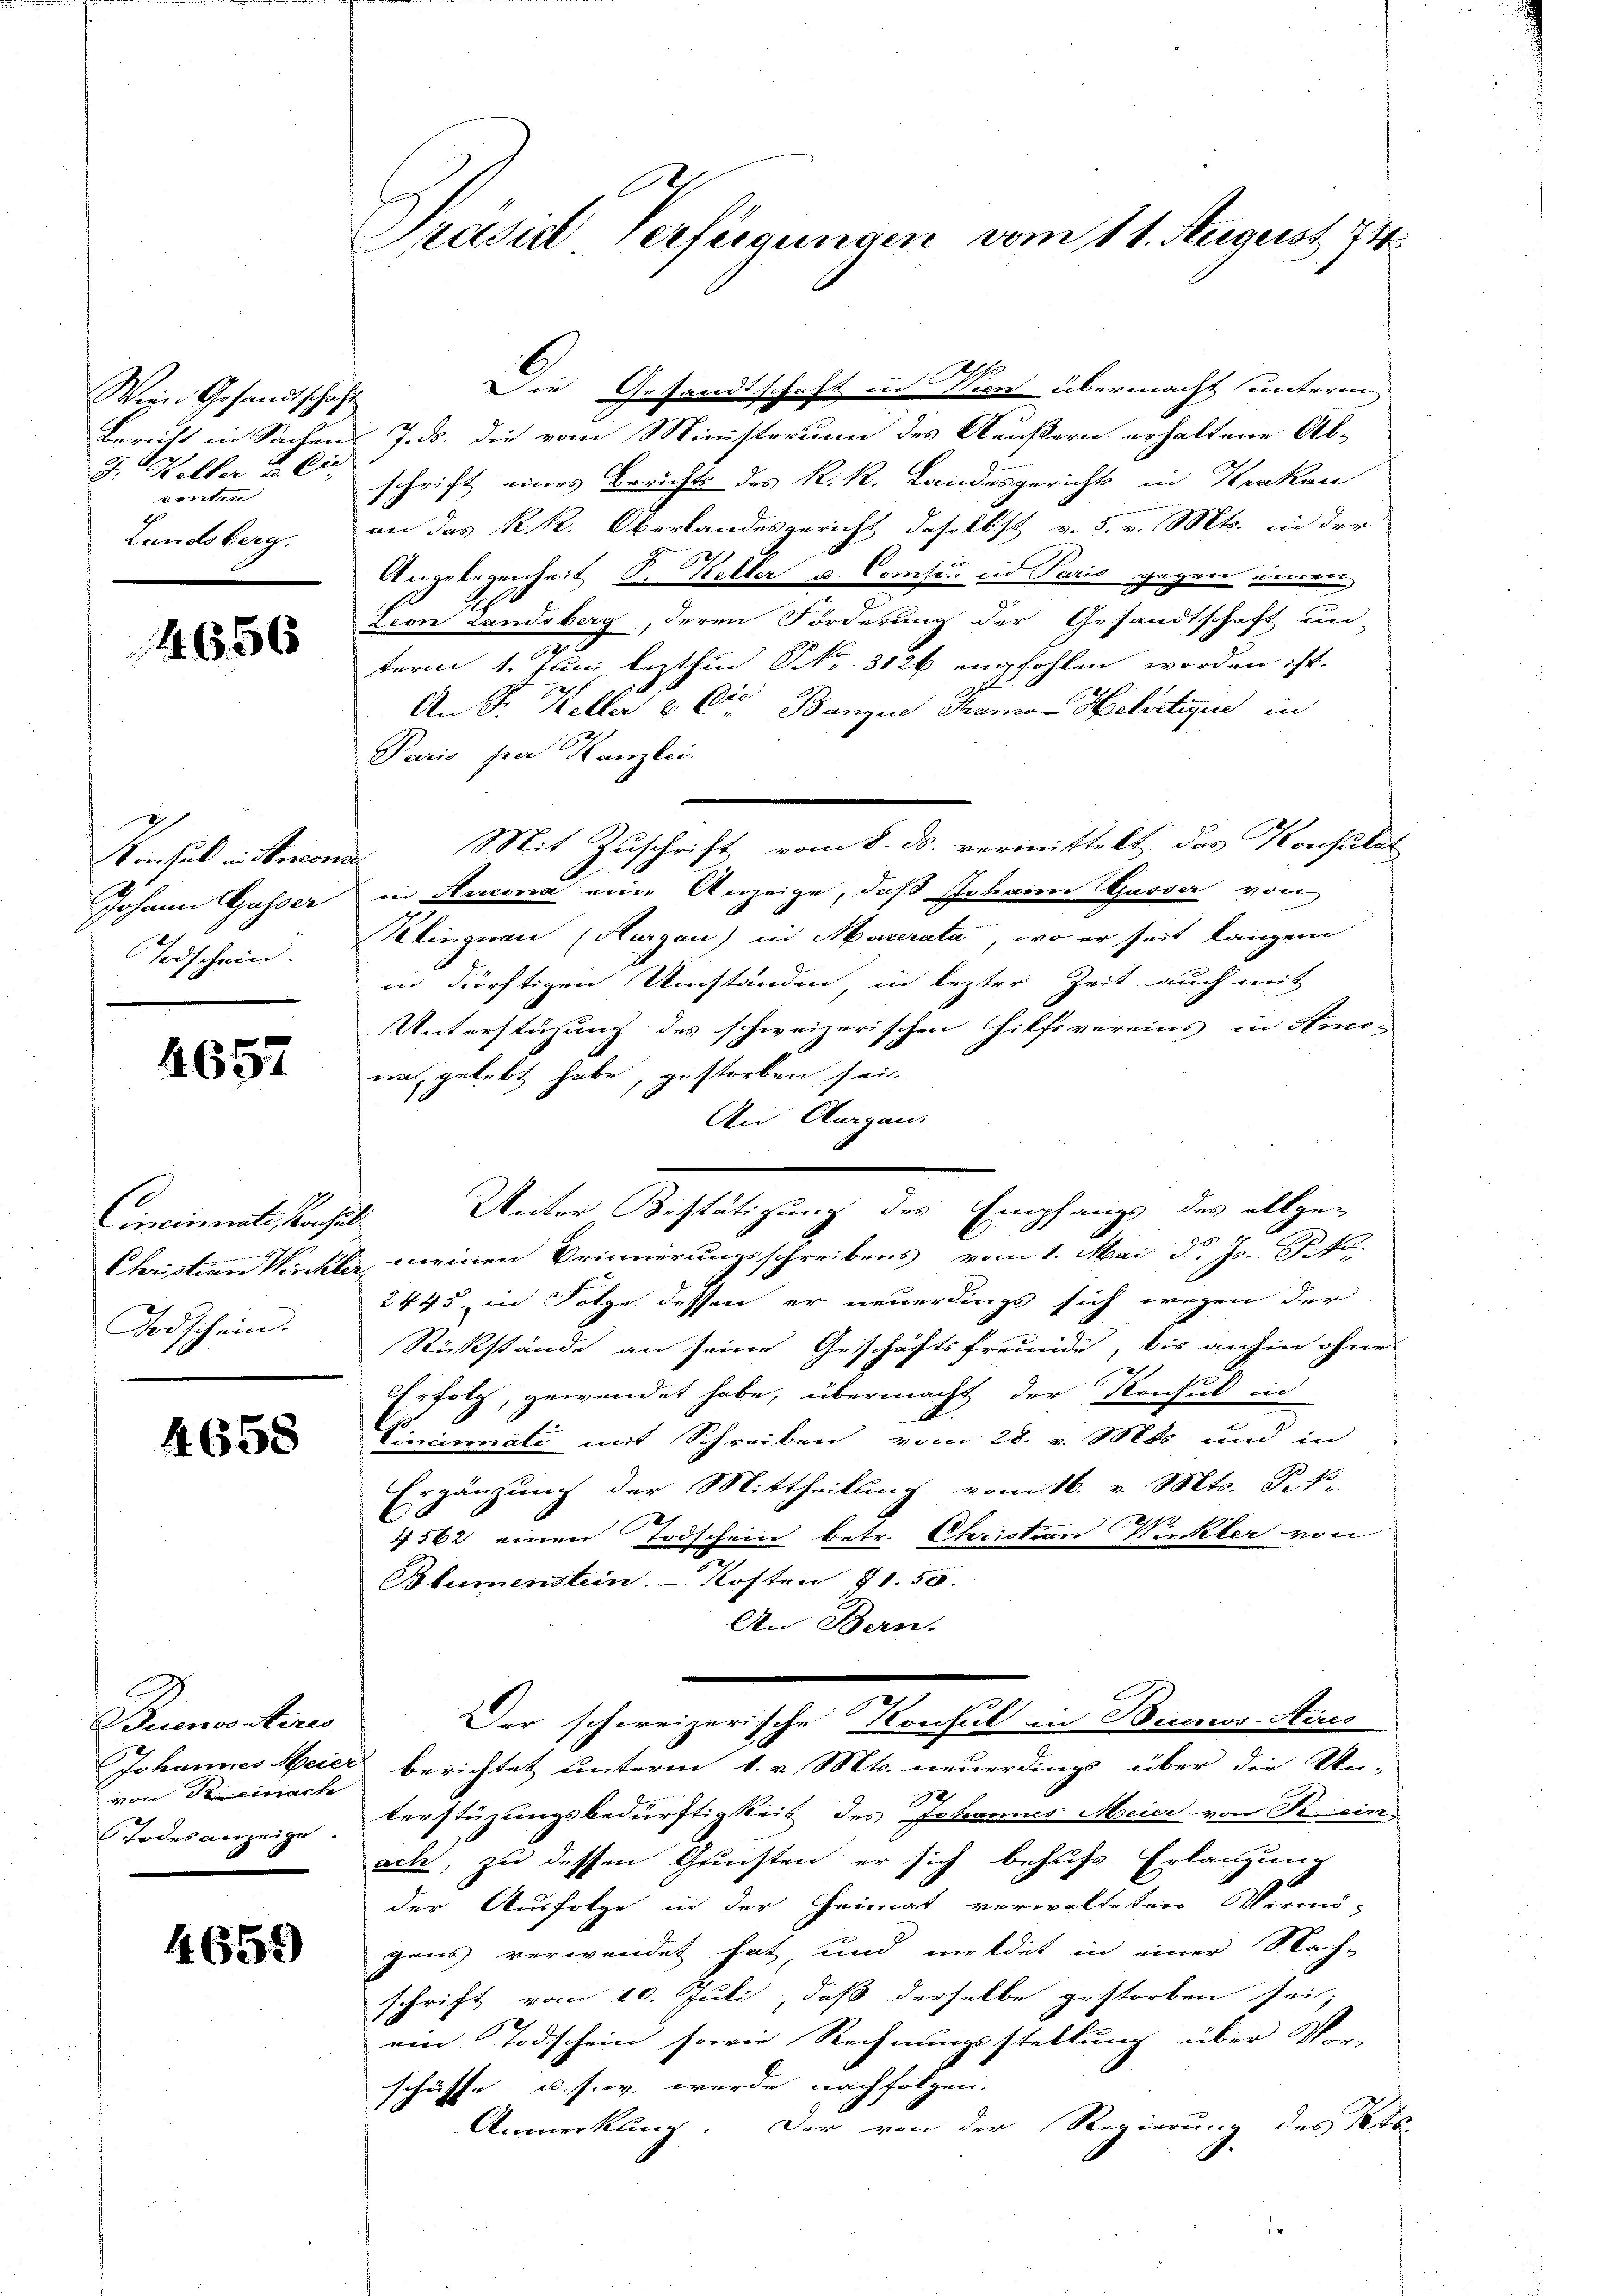
Wein Gesandtschaf
Bericht in Sachen
F. Heller u. Cie
e
Landsberg.

4656

Mechal in seconn
Johann Gusser
Todschein.

4657

Cinciniste, Konsul
Todschein.

4658

Buenosteres
Johannes Meier
von Keinach
Todesanzeige.

4659

Präsid Verfügungen vom 11. August 174

Die Gesandtschaft in Sie übermacht unterm
7. ds. die vom Ministerium des Aeustern erhaltene Ab-
schrift eines Berichts des k.k. Landesgerichts in Krakan
an das k.k. Oberlandesgericht daselbst v. 5. v. Mts. in der
Angelegenheit S. Keller u. Consis in Paris gegen einen
Seon Landsberg, deren Forderung der Gesandtschaft un-
term 1. Juni lezthin Nr. 3126 empfohlen worden ist.
An Sr. Keller & Cie Bangere Thano-Helirtin in
Paris per Kanzlei.
Mit Zuschrift vom 8. ds. vermittelt das Konsulat
in Ancona eine Anzeige, daß Johann Gasser von
kingnau (Thurgau) in Macerata, wo er seit langem
in dürftigen Umständen in lezter Zeit auch mit
Unterstüzung des schweizerischen Hilfsvereins in Amo-
nah gelebt habe, gestorben sei.
Ai Aargaus
Unter Bestätigung des Empfangs des allge-
1
Christian Winkler, meinen Erinnerungsschreibens vom 1. Mai d. Js. ko
2445, in Folge dessen er neuerdings sich wegen der
Rückstände an seine Geschäftsfreunde, bis anhin ohne
Erfolg, gewendet habe, übermacht der Konsul in
Cincinati mit Schreiben vom 28. v. Mts. und in
Ergänzung der Mittheilung vom 16. v. Mts. Fr. ko
2
4562 einen Todschein betr. Christian Winkler von
Blumenstein. - Kosten 71. 50.
An Bern.
Der schweizerische Konsul in Beienos-Stires
berichtet unterm 6. v. Mts. neuerdings über die Un-
terstüzungsbedürftigkeit des Johannes Meier von Rein-
ache, zu dessen Gruchten er sich behufs Erlangung
der Ausfolge in der Heimat verwalteten Vermö-
gens verwendet hat, und meldet in einer Nach-
schrift vom 10. Juli, daß derselbe gestorben sei;
2
ein Todschein sowie Rechnungsstellung über Ver-
schüsse u. s. w. werde nachfolgen.
Anmerkling. Der von der Regierung des Kts.